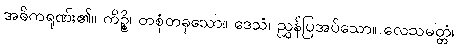
အဓိကရုဏ်း၏။ ကိဉ္စိ၊ တစုံတခုသော။ ဒေသံ၊ ညွှန်ပြအပ်သော။ လေသမတ္တံ၊